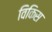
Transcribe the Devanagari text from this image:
विकिस